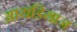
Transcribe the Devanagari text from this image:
आयडियाज